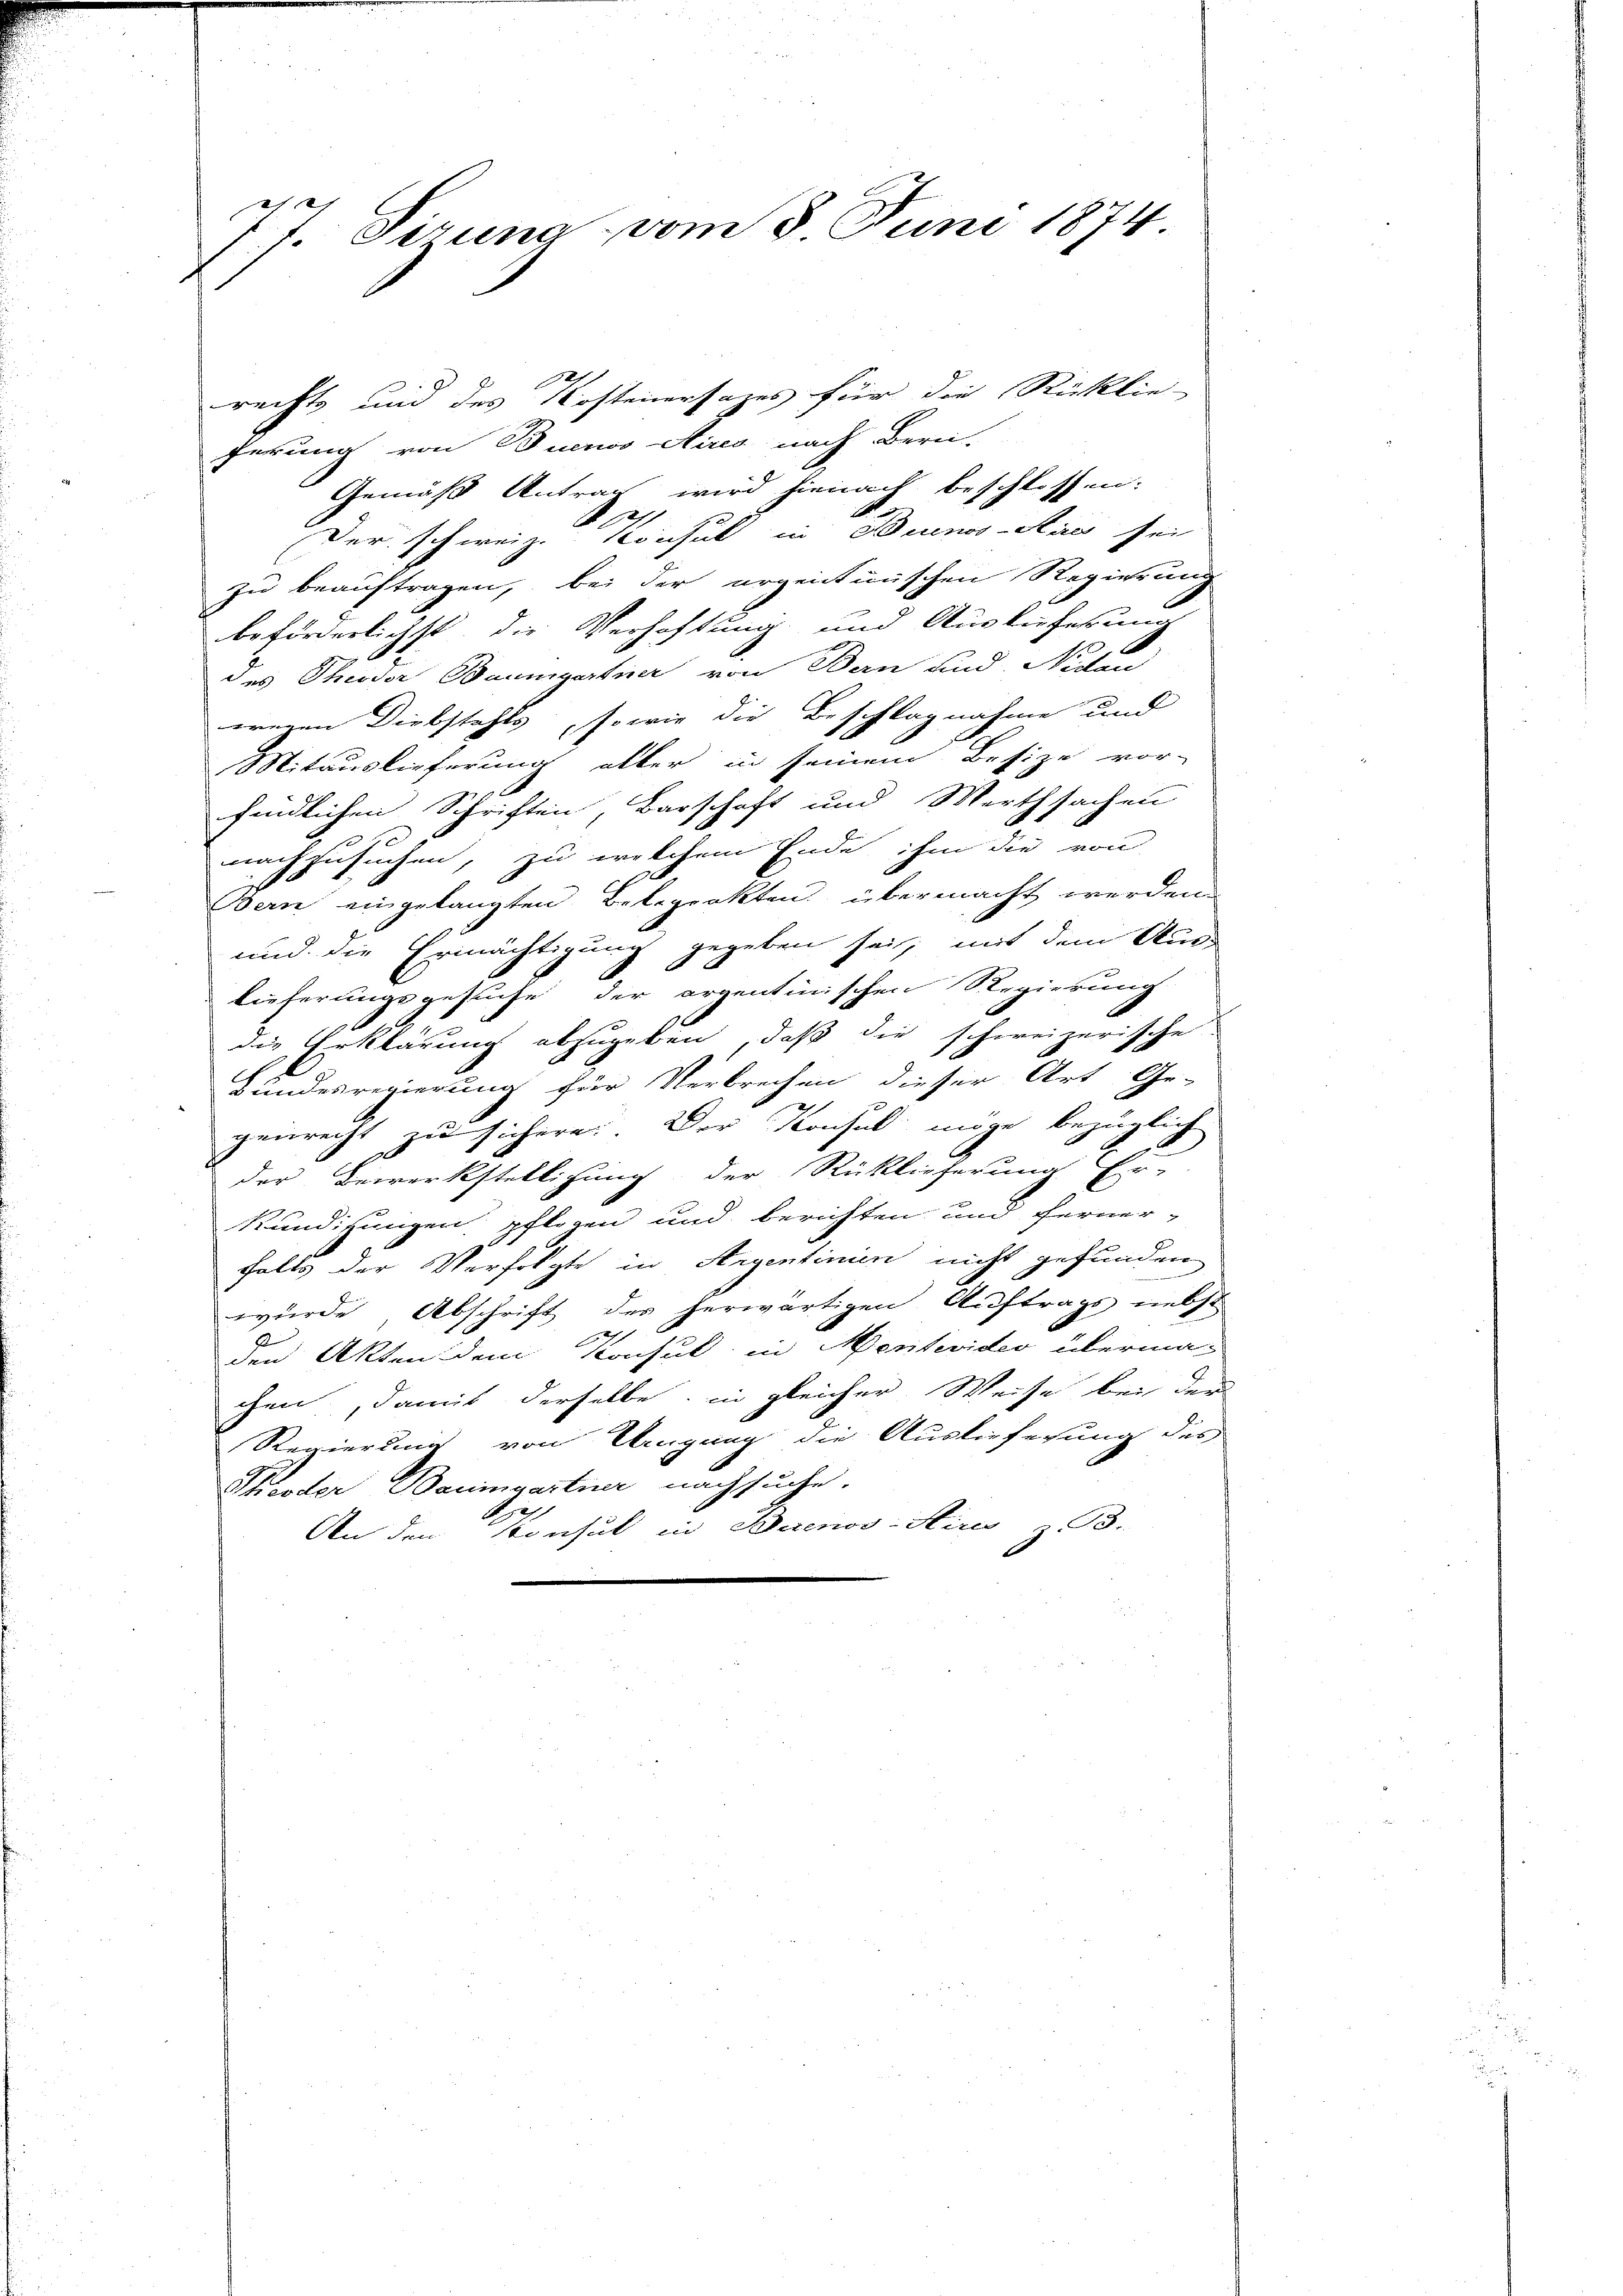
77. Gerung vom 8. Juni 1874

rechts und des Kostenersages für die Rücklie-
ferung von Buenos Aires nach Bern-
Gemäß Antrag wird hienach beschlossen:
 61.
Der schweiz. Konsul in Buenos-Ayres sei
zu beauftragen, bei der erzentinischen Regierung
beförderlichst die Verhaftung und Ausküferung
des Theodor Baumgartner von Bern und Niden
weren Diebstahls, sowie die Beschlagnahme und
Mitauslieferung aller in seinem Besize vor-
871
findlichen Schriften, Barschaft und Werthsachen
nachzusuchen, zu welchem Ende ihm die von
Bern eingelangten Betrprakten, übermacht werden.
und die Ermächtigung gegeben sei, mit dem Aus-
lieferungsgesuche der argentinischen Regierung
die Erklärung abzugeben, daß die schweizerische
Bundesregierung für Verbrechen dieser Art Ge-

genrecht zu sichern. Der Konsul möge bezüglich
der Bewerkstelligung der Rücklieferung Er-
Kündigungen pflegen und berichten und ferner-
falls der Verfolgte in Argentinien nicht gefunden
wurde Abschrift des herwärtigen Auftrags nebst
s
den Akten dem Konsul in Mentevider überma-
chen, damit derselbe in gleicher Weise bei der
Regierung von Klingung die Auslieferung des
Theodor Baumgartner nachsuche.
An den Konsul in Buenos-Stirn z. B.